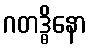
ဂတဒ္ဓိနော